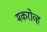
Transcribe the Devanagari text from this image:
मकरोव्ह